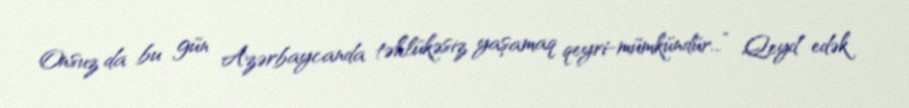
Onsuz da bu gün Azərbaycanda təhlükəsiz yaşamaq qeyri-mümkündür...” Qeyd edək